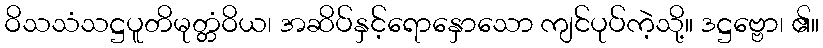
ဝိသသံသဋ္ဌပူတိမုတ္တံဝိယ၊ အဆိပ်နှင့်ရောနှောသော ကျင်ပုပ်ကဲ့သို့။ ဒဋ္ဌဗ္ဗော၊ ၏။